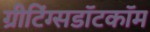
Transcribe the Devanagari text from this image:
ग्रीटिंग्सडॉटकॉम